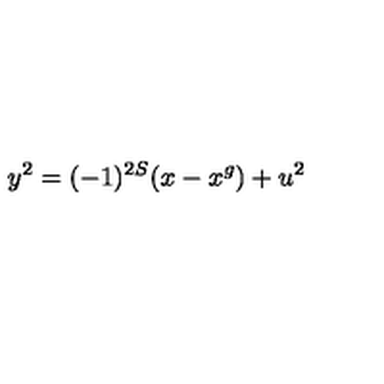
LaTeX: y ^ { 2 } = ( - 1 ) ^ { 2 S } ( x - x ^ { g } ) + u ^ { 2 }